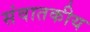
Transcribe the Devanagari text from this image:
संवातकीय